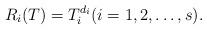
LaTeX: \begin{align*}R_i(T)=T^{d_i}_i(i=1,2,\ldots,s).\end{align*}